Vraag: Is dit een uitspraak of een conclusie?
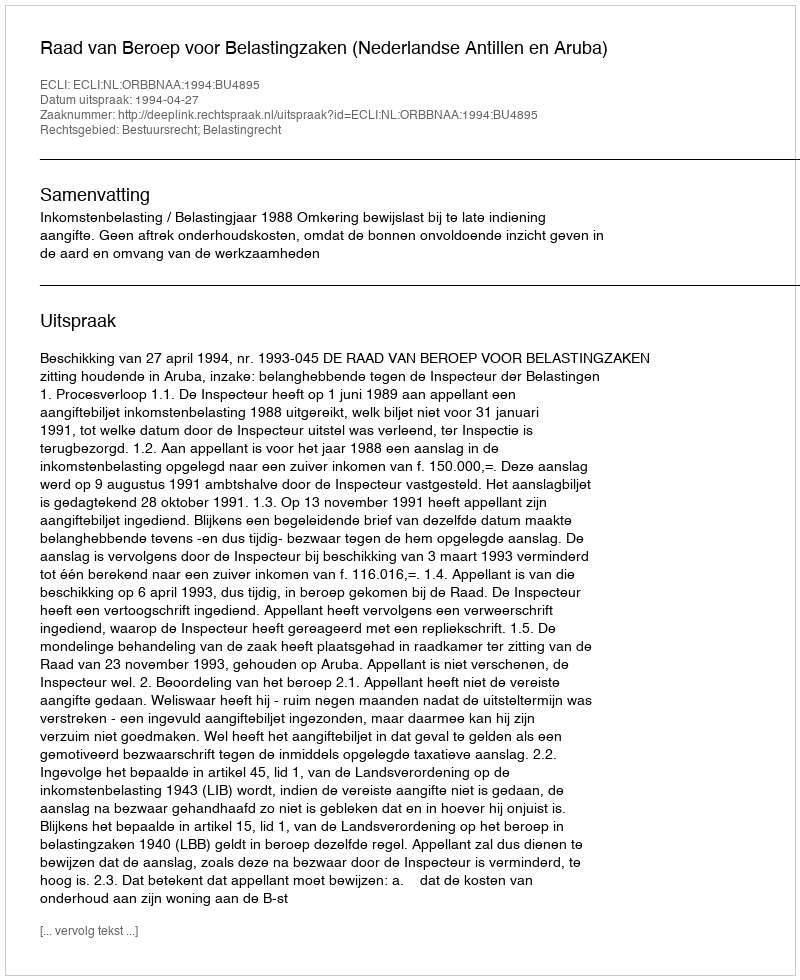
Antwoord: Uitspraak